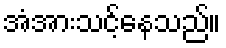
အံအားသင့်နေသည်။